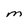
Character: M